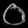
Digit: ၀